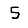
Digit: 5